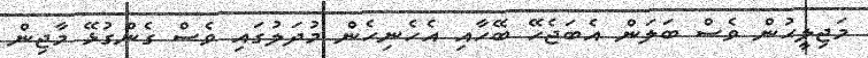
މަޖިލީހުން ވެސް ބަލަން އެބަޖެހޭ ބޭހާއި އެހެނިހެން މުދަލުގައި ވެސް ގެންގުޅޭ މާޖިން